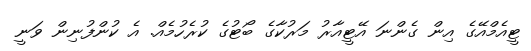
ޓީއެމްއޭގެ އިން ގެންނަ އޭޓީއާރު މަރުކާގެ ބޯޓުގެ ކުރެހުމެއް. އެ ކުންފުނިން ވަނީ